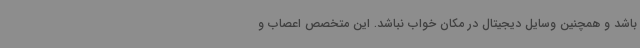
باشد و همچنین وسایل دیجیتال در مکان خواب نباشد. این متخصص اعصاب و